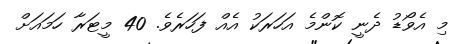
މި އެވޯޑު ދެނީ ކޮންމެ އަހަރަކު އެއް ފަހަރެވެ. 40 މީޓަރާ ހަމަައަށް